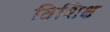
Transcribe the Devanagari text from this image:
विशिक्ष